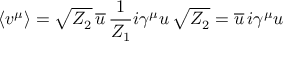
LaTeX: \langle v ^ { \mu } \rangle = \sqrt { Z _ { 2 } } \, \overline { { { u } } } \, { \frac { 1 } { Z _ { 1 } } } i \gamma ^ { \mu } u \, \sqrt { Z _ { 2 } } = \overline { { { u } } } \, i \gamma ^ { \mu } u